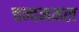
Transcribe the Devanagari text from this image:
चन्दनमल